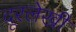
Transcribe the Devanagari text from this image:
दूरलेखी